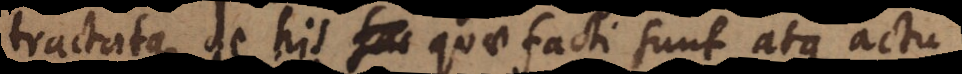
ractatque de his quae facti sunt atque actu